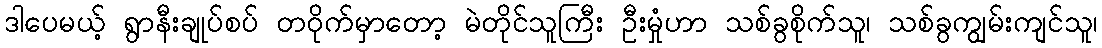
ဒါပေမယ့် ရွာနီးချုပ်စပ် တဝိုက်မှာတော့ မဲတိုင်သူကြီး ဦးမှုံဟာ သစ်ခွစိုက်သူ၊ သစ်ခွကျွမ်းကျင်သူ၊